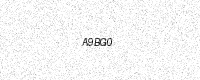
Text: A9BG0